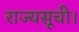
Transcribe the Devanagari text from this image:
राज्यसूची।